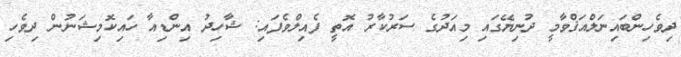
ދިވެހިންބައިނަލްއަޤްވާމީ ދުނިޔޭގައި މިއަދުގެ ސަރުކާރު އޮތީ ފެއިލްވެފައި: ޝާހިދު އިންޑިއާ ހައިކޮމިޝަނުން ދިވެހި